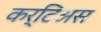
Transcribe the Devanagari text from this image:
कर्टिअस